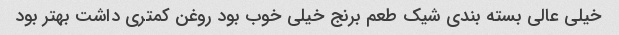
خیلی عالی بسته بندی شیک طعم برنج خیلی خوب بود روغن کمتری داشت بهتر بود